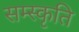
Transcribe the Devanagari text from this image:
सम्स्कृति